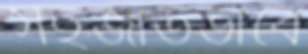
সহজাতভাবে